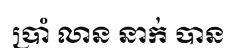
ប្រាំ លាន នាក់ បាន